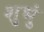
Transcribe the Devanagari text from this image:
शुभुं